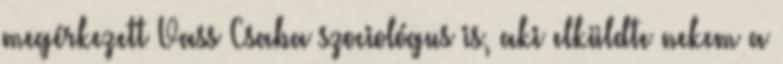
megérkezett Vass Csaba szocioló­gus is, aki elküldte nekem a